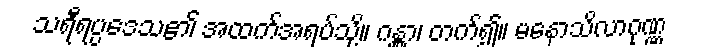
သရီရပ္ပဒေသ၏ အထက်အရပ်သို့။ ဂန္တွာ၊ တက်၍။ မနောသိလာဂုဏ္ဏ